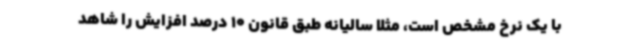
با یک نرخ مشخص است، مثلاً سالیانه طبق قانون 10 درصد افزایش را شاهد